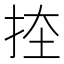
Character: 𭠨